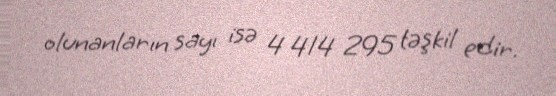
olunanların sayı isə 4 414 295 təşkil edir.